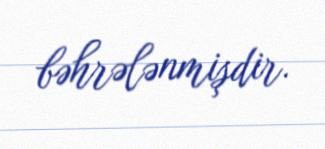
bəhrələnmişdir.